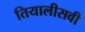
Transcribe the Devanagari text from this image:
तियालीसवी